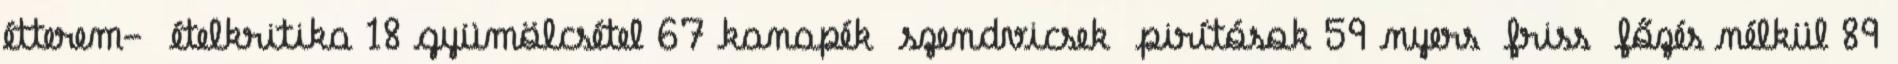
étterem- ételkritika 18 gyümölcsétel 67 kanapék szendvicsek pirítósok 59 nyers friss főzés nélkül 89